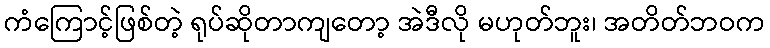
ကံကြောင့်ဖြစ်တဲ့ ရုပ်ဆိုတာကျတော့ အဲဒီလို မဟုတ်ဘူး၊ အတိတ်ဘဝက